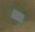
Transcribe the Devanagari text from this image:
ॱ